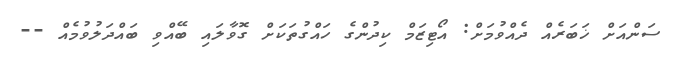
ސަންއަށް ޚަބަރެއް ދެއްވުމަށް: އޯޓިޒަމް ކިދުންގެ ހައްގުތަކަށް ގޮވާލައި ބޭއްވި ބައްދަލުވުމެއް --